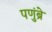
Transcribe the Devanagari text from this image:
पणुंब्रे